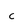
Character: c